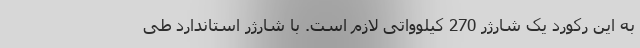
به این رکورد یک شارژر 270 کیلوواتی لازم است. با شارژر استاندارد طی